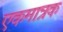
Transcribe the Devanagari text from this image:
एकमात्रक